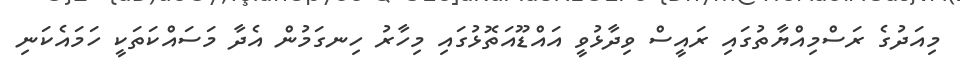
މިއަދުގެ ރަސްމިއްޔާތުގައި ރައީސް ވިދާޅުވީ އައްޑޫއަތޮޅުގައި މިހާރު ހިނގަމުން އެދާ މަސައްކަތަކީ ހަމައެކަނި